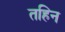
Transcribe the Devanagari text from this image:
तहिन